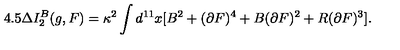
4 . 5 \Delta I _ { 2 } ^ { B } ( g , F ) = \kappa ^ { 2 } \int d ^ { 1 1 } x [ B ^ { 2 } + ( \partial F ) ^ { 4 } + B ( \partial F ) ^ { 2 } + R ( \partial F ) ^ { 3 } ] .